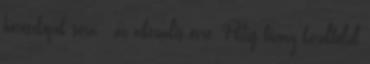
horoszkópok sora - az aktuális évre. Pedig bizony körülbelül